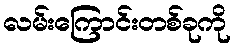
လမ်းကြောင်းတစ်ခုကို